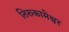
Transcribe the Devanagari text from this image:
तिरुकामेश्वर